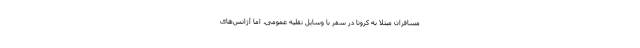
مسافران مبتلا به کرونا در سفر با وسایل نقلیه عمومی، اما آژانس‌های